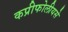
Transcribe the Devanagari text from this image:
कप्रीफोलीयसे